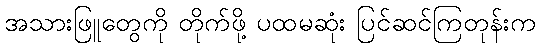
အသားဖြူတွေကို တိုက်ဖို့ ပထမဆုံး ပြင်ဆင်ကြတုန်းက